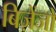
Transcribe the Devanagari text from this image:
बिज़ेंजो